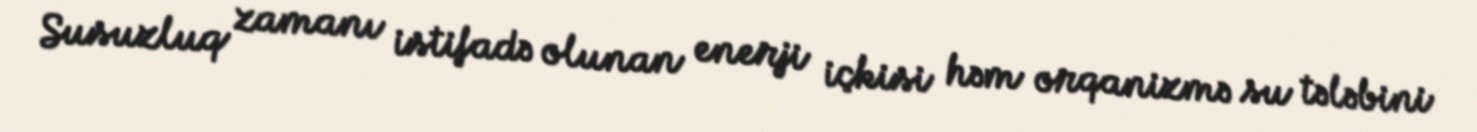
Susuzluq zamanı istifadə olunan enerji içkisi həm orqanizmə su tələbini